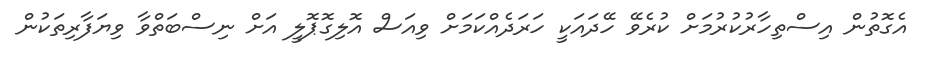
އެގޮތުން އިސްތިހާރުކުރުމަށް ކުރެވޭ ހޭދައަކީ ހަރަދެއްކަމަށް ވިއަސް އޮލިގޮޕޮލީ އަށް ނިސްބަތްވާ ވިޔަފާރިތަކުން